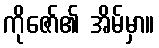
ကိုဇော်၏ အိမ်မှာ။